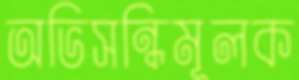
অভিসন্ধিমূলক